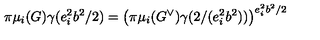
\pi \mu _ { i } ( G ) \gamma ( e _ { i } ^ { 2 } b ^ { 2 } / 2 ) = \left( \pi \mu _ { i } ( G ^ { \vee } ) \gamma ( 2 / ( e _ { i } ^ { 2 } b ^ { 2 } ) ) \right) ^ { e _ { i } ^ { 2 } b ^ { 2 } / 2 }